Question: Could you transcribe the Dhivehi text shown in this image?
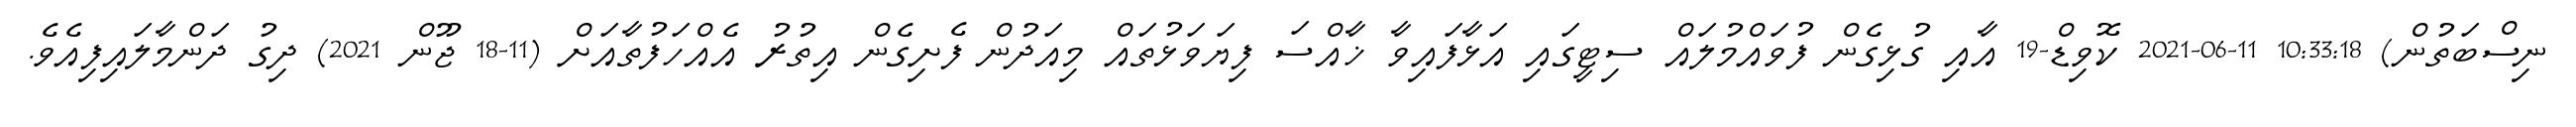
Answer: ނިސްބަތުން) 10:33:18 11-06-2021 ކޮވިޑް-19 އާއި ގުޅިގެން ފުވައްމުލައް ސިޓީގައި އަޅާފައިވާ ޚާއްސަ ފިޔަވަޅުތައް މިއަދުން ފެށިގެން އިތުރު އެއްހަފުތާއަށް (11-18 ޖޫން 2021) ދިގު ދަންމާލައިފިއެވެ.